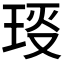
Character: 𤥙